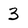
Character: 3